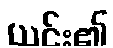
ယင်း၏